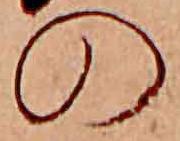
の